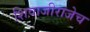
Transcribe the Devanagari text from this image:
शिवाजीराजेच